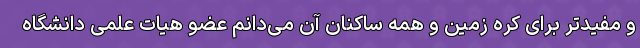
و مفیدتر برای کره زمین و همه ساکنان آن می‌دانم عضو هیات علمی دانشگاه